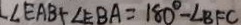
\angle E A B + \angle E B A = 1 8 0 ^ { \circ } - \angle B F C